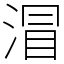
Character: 㴘